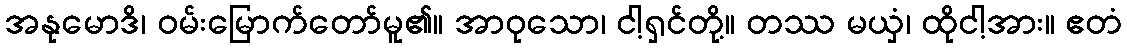
အနုမောဒိ၊ ဝမ်းမြောက်တော်မူ၏။ အာဝုသော၊ ငါ့ရှင်တို့။ တဿ မယှံ၊ ထိုငါ့အား။ ဧတံ